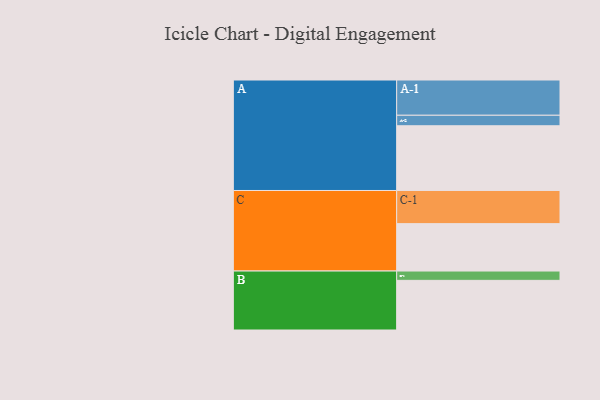
{"axis": {"x": "Segment", "y": "Value"}, "legend": ["", "A", "B", "C"], "data": [{"x": "A", "y": 549, "type": ""}, {"x": "B", "y": 421, "type": ""}, {"x": "C", "y": 402, "type": ""}, {"x": "A-1", "y": 299, "type": "A"}, {"x": "A-2", "y": 89, "type": "A"}, {"x": "B-1", "y": 79, "type": "B"}, {"x": "C-1", "y": 281, "type": "C"}]}